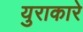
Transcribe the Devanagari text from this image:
युराकारे